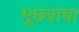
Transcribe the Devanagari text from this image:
भूछत्राचा